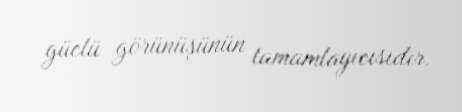
güclü görünüşünün tamamlayıcısıdır.